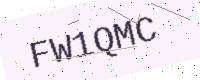
Text: FW1QMC